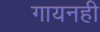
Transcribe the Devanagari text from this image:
गायनही